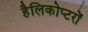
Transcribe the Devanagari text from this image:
हैलिकोप्‍टरों